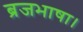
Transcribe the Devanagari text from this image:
ब्रजभाषा।